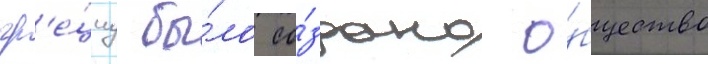
гр'е́циу бы́ло со́здано о́бщество